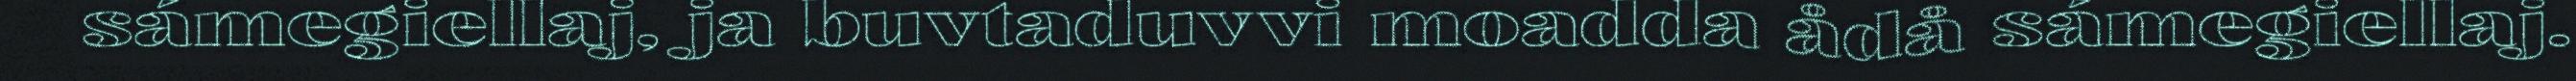
sámegiellaj, ja buvtaduvvi moadda ådå sámegiellaj.